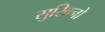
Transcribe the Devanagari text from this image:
सुखिनो